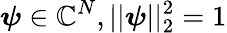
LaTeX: \boldsymbol{\psi}\in\mathbb{C}^{N},||\boldsymbol{\psi}||_{2}^{2}=1